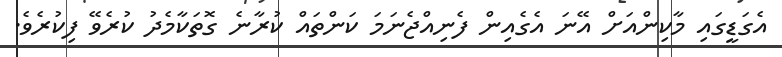
އެގަޑީގައި މާކިންއަށް އޭނަ އެގެއިން ފެނިއްޖެނަމަ ކަންތައް ކުރާނެ ގޮތަކާމެދު ކުރެވޭ ފިކުރެވެ.